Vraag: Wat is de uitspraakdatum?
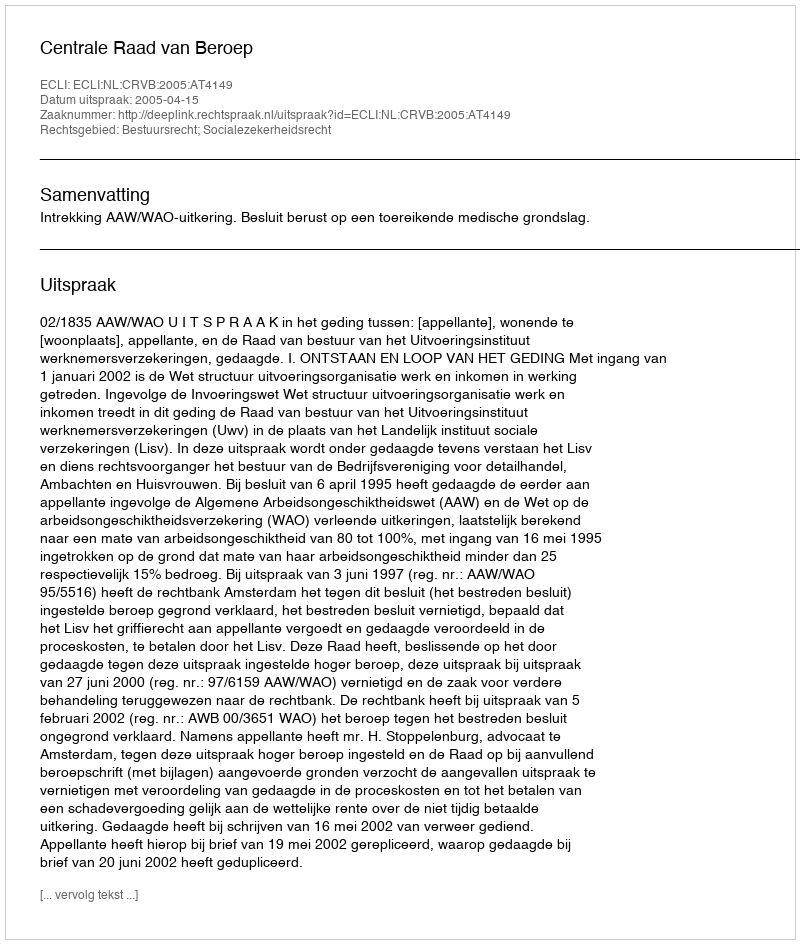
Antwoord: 2005-04-15